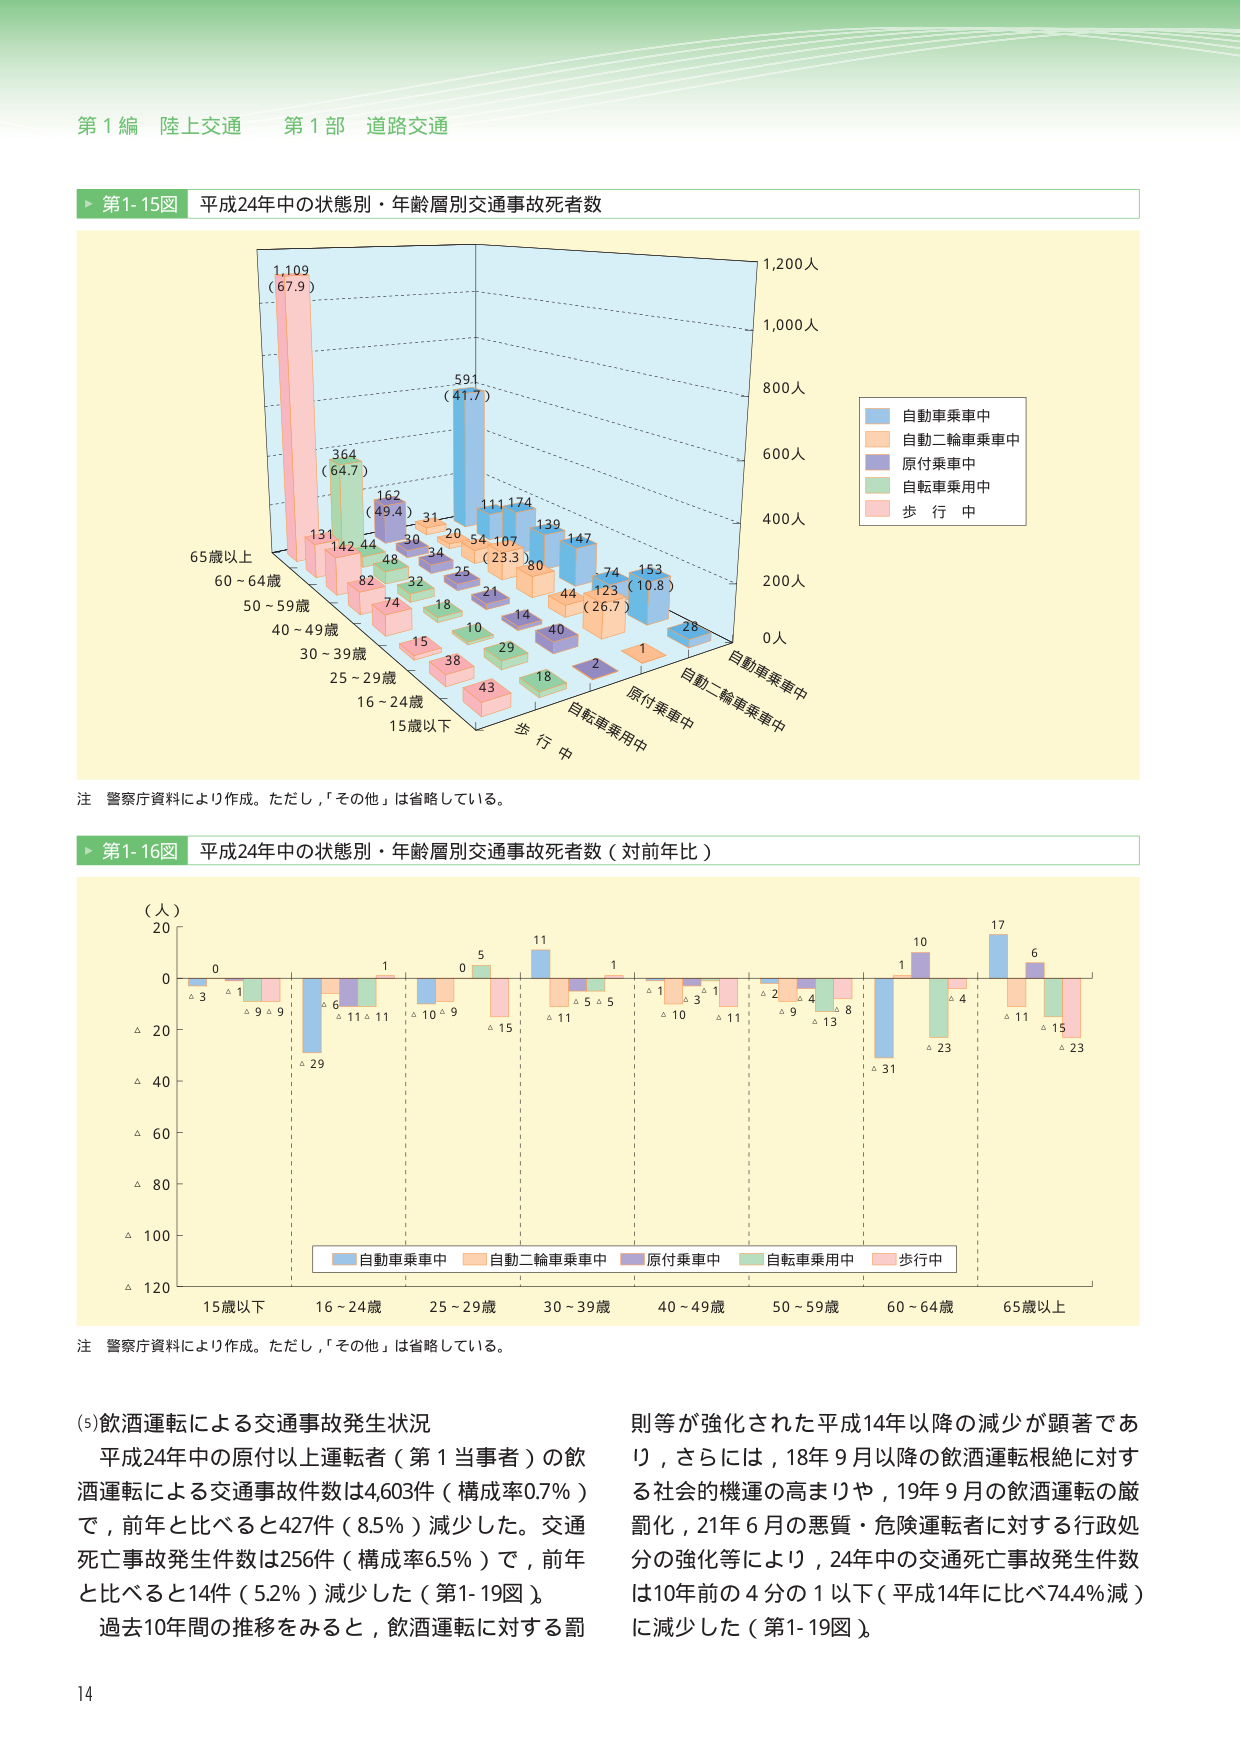
第１編 陸上交通 第１部 道路交通

▶ 第1-15図 平成24年中の状態別・年齢層別交通事故死者数

1,109
(67.9)
364
(64.7)
162
(49.4)
591
(41.7)
111
174
139
147
74
153
(10.8)
28
131
142
44
30
34
20
54
107
80
44
123
(26.7)
1
15歳以下
16～24歳
25～29歳
30～39歳
40～49歳
50～59歳
60～64歳
65歳以上
歩行中
自転車乗用中
原付乗車中
自動二輪車乗車中
自動車乗車中
0人
200人
400人
600人
800人
1,000人
1,200人

自動車乗車中
自動二輪車乗車中
原付乗車中
自転車乗用中
歩行中

注 警察庁資料により作成。ただし，「その他」は省略している。

▶ 第1-16図 平成24年中の状態別・年齢層別交通事故死者数（対前年比）

（人）
20
0
△ 20
△ 40
△ 60
△ 80
△ 100
△ 120
15歳以下
16～24歳
25～29歳
30～39歳
40～49歳
50～59歳
60～64歳
65歳以上
0
△ 3
△ 1
△ 9
△ 9
1
△ 6
△ 11
△ 11
0
△ 10
△ 9
5
△ 15
11
△ 11
1
△ 5
△ 5
△ 1
△ 10
△ 3
△ 1
△ 11
△ 2
△ 9
△ 4
△ 8
△ 13
10
△ 31
△ 23
17
△ 11
6
△ 15
△ 23

自動車乗車中
自動二輪車乗車中
原付乗車中
自転車乗用中
歩行中

注 警察庁資料により作成。ただし，「その他」は省略している。

(5)飲酒運転による交通事故発生状況
平成24年中の原付以上運転者（第1当事者）の飲酒運転による交通事故件数は4,603件（構成率0.7％）で，前年と比べると427件（8.5％）減少した。交通事故死亡事故発生件数は256件（構成率6.5％）で，前年と比べると14件（5.2％）減少した（第1-19図）。
過去10年間の推移をみると，飲酒運転に対する罰則等が強化された平成14年以降の減少が顕著であり，さらには，18年9月以降の飲酒運転根絶に対する社会的機運の高まりや，19年9月の飲酒運転の厳罰化，21年6月の悪質・危険運転者に対する行政処分の強化等により，24年中の交通死亡事故発生件数は10年前の4分の1以下（平成14年に比べ74.4％減）に減少した（第1-19図）。

14